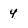
Character: 4